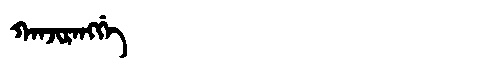
Manchu: ᡴᠠᠨᠵᡳᡵᠠᠩᡤᡝ
Romanization: KANJIRANGGE